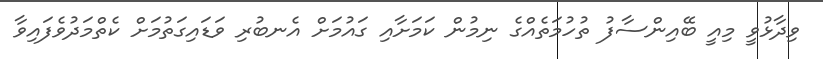
ވިދާޅުވީ މިއީ ބޭއިންސާފު ތުހުމަތެއްގެ ނިމުން ކަމަށާއި ގައުމަށް އެނބުރި ވަޑައިގަތުމަށް ކެތްމަދުވެފައިވާ